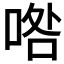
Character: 𠴰